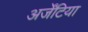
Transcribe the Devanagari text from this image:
अर्जेंटिया